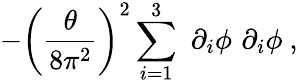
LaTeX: -\left(\frac{\theta}{8\pi^{2}}\right)^{2}\sum_{i=1}^{3}\, \, \partial_{i}\phi\, \, \partial_{i}\phi~,